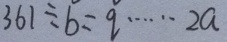
3 6 1 \div b = q \cdots 2 a